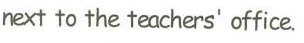
next to the teachers office.